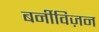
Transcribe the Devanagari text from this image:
बर्नीविज़न